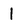
Character: 1